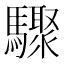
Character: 驟